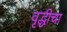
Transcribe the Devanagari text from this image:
वृद्धीचा